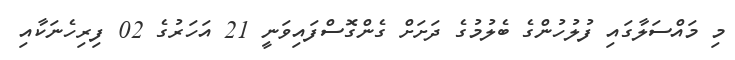
މި މައްސަލާގައި ފުލުހުންގެ ބެލުމުގެ ދަށަށް ގެންގޮސްފައިވަނީ 21 އަހަރުގެ 02 ފިރިހެނަކާއި